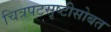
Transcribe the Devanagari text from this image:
चित्रपटसृष्टीसोबत